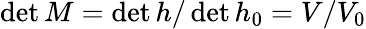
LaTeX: \operatorname*{det}M=\operatorname*{det}h/\operatorname*{det}h_{0}=V/V_{0}